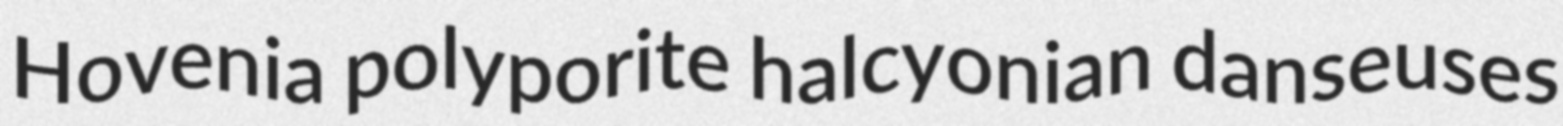
Hovenia polyporite halcyonian danseuses